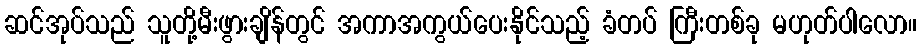
ဆင်အုပ်သည် သူတို့မီးဖွားချိန်တွင် အကာအကွယ်ပေးနိုင်သည့် ခံတပ် ကြီးတစ်ခု မဟုတ်ပါလော။